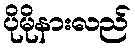
ပိုမိုနားလည်